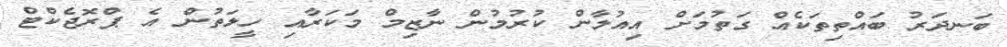
ބަނދަރު ބައްތިތަކެއް ގަތުމަށް އިއުލާން ކުރުމުން ނާޒިމް މަކަރާއި ހީލަތުން އެ ޕްރޮޖެކްޓް